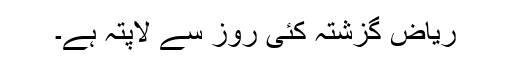
ریاض گزشتہ کئی روز سے لاپتہ ہے۔